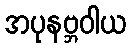
အပုနဗ္ဘဝါယ